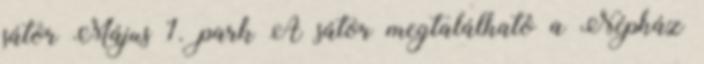
sátor Május 1. park A sátor megtalálható a Népház